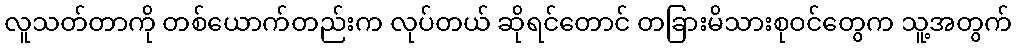
လူသတ်တာကို တစ်ယောက်တည်းက လုပ်တယ် ဆိုရင်တောင် တခြားမိသားစုဝင်တွေက သူ့အတွက်